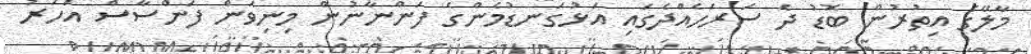
މާލޭގެ އިތުރުން ބޮޑު ދެ ސަރަހެއްދެގައި އަޅުގަނޑުމެންގެ ފަންނާނުން މިނިވަން ފަންސާސް އަހަރު